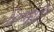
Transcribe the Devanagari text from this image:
शिष्कोटि